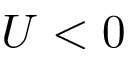
U < 0